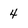
Character: 4